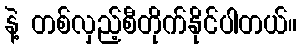
နဲ့ တစ်လှည့်စီတိုက်နိုင်ပါတယ်။